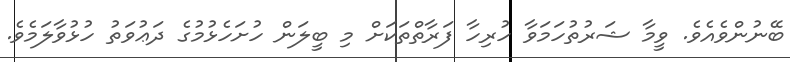
ބޭނުންވެއެވެ. ވީމާ ޝަރުތުހަމަވާ ހުރިހާ ފަރާތްތަކަށް މި ބީލަން ހުށަހެޅުމުގެ ދަޢުވަތު ހުޅުވާލަމެވެ.